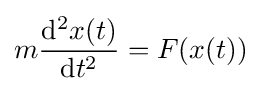
m{\frac {\mathrm {d} ^{2}x(t)}{\mathrm {d} t^{2}}}=F(x(t))